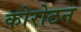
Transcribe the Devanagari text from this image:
कोरोटन